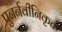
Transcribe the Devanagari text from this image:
पुनर्नवीनिकृत